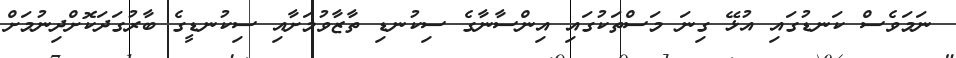
ނަމަވެސް ކަނޑުގައި އުޅޭ ގިނަ މަސްތަކުގައި އިންސާނާގެ ސިކުނޑި ތާޒާވުމަށާއި ސިކުނޑީގެ ބާރުގަދަކޮށްދިނުމަށް